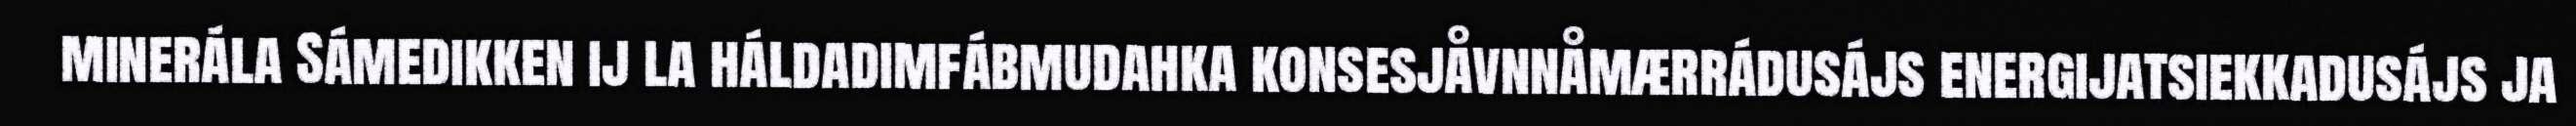
minerála Sámedikken ij la háldadimfábmudahka konsesjåvnnåmærrádusájs energijatsiekkadusájs ja